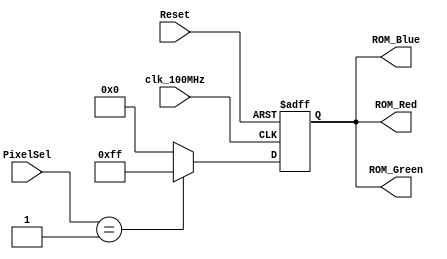
`timescale 1ns / 1ps
//////////////////////////////////////////////////////////////////////////////////
// Company: 
// Engineer: 
// 
// Design Name: 
// Module Name: HDMI_PixelROM
// Project Name: 
// Target Devices: 
// Tool Versions: 
// Description: 
// 
// Dependencies: 
// 
// Revision:
// Revision 0.01 - File Created
// Additional Comments:
// 
// ROM that stores RGB values for each color of pixel 
//////////////////////////////////////////////////////////////////////////////////


module HDMI_PixelROM(
    input       clk_100MHz,
    input       Reset,
    input [3:0] PixelSel,
    
    output reg [7:0] ROM_Red,
    output reg [7:0] ROM_Green,
    output reg [7:0] ROM_Blue
    );
    

// ===========================================================================
//                              Implementation    
// =========================================================================== 
    initial begin
        ROM_Red <= 0;
        ROM_Green <= 0;
        ROM_Blue <= 0;
    end
    
    always@(posedge clk_100MHz, posedge Reset) begin
        if(Reset == 1'b1) begin
            ROM_Red <= 0;
            ROM_Green <= 0;
            ROM_Blue <= 0;
        end
        else begin
            case(PixelSel)
                
                4'b0000: begin             // PixelSel == 0000 | black pixel
                    ROM_Red <= 0;
                    ROM_Green <= 0;
                    ROM_Blue <= 0;
                end
                
                4'b0001: begin             // PixelSel == 0001 | white pixel
                    ROM_Red <= 8'hFF;
                    ROM_Green <= 8'hFF;
                    ROM_Blue <= 8'hFF;
                end
                
                default: begin              // Default: black pixel
                    ROM_Red <= 0;
                    ROM_Green <= 0;
                    ROM_Blue <= 0;
                end
                
            endcase
        end    
    end
   
endmodule